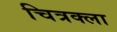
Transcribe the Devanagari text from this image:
चित्रक्ला